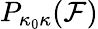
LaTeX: P_{\kappa_{0}\kappa}(\mathcal{F})